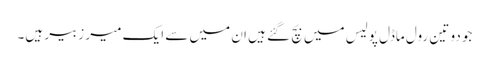
جو دو تین رول ماڈل پولیس میں بچ گئے ہیں ان میں سے ایک میر زبیر ہیں۔